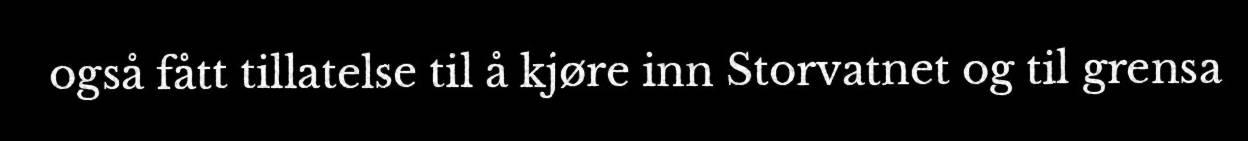
også fått tillatelse til å kjøre inn Storvatnet og til grensa